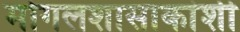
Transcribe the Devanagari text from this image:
मोगलशासाकांशी